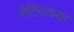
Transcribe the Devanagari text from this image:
रेटिनाच्या